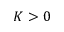
K > 0